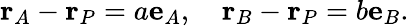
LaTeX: \mathbf{r}_{A}-\mathbf{r}_{P}=a\mathbf{e}_{A},\quad\mathbf{r}_{B}-\mathbf{r}_{P}=b\mathbf{e}_{B}.